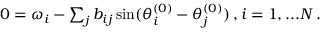
\begin{array} { r } { 0 = \omega _ { i } - \sum _ { j } b _ { i j } \sin ( \theta _ { i } ^ { ( 0 ) } - \theta _ { j } ^ { ( 0 ) } ) \, , i = 1 , . . . N \, . } \end{array}